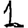
Digit: 1